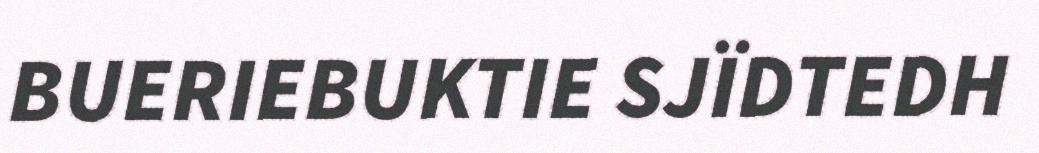
BUERIEBUKTIE SJÏDTEDH